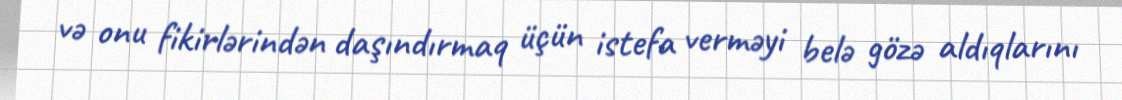
və onu fikirlərindən daşındırmaq üçün istefa verməyi belə gözə aldıqlarını